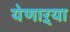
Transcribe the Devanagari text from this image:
येणाऱ्या